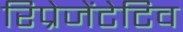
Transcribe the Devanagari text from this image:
रिप्रेजेंटेटिव